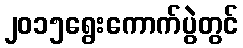
၂၀၁၅ရွေးကောက်ပွဲတွင်